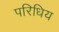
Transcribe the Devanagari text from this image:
परिधिय